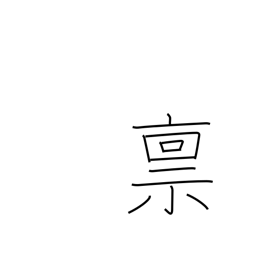
Meaning: salary in rice